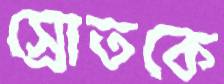
স্রোতকে